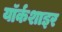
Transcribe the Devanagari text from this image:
यॉर्कशाइर